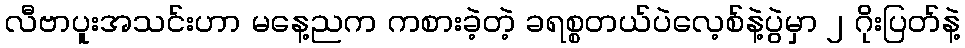
လီဗာပူးအသင်းဟာ မနေ့ညက ကစားခဲ့တဲ့ ခရစ္စတယ်ပဲလေ့စ်နဲ့ပွဲမှာ ၂ ဂိုးပြတ်နဲ့